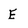
Character: E